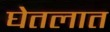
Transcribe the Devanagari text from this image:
घेतलात